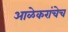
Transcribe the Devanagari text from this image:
आळेकरांचेच